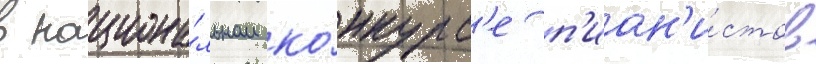
в национа́льном ко́нкурс'е п'иан'и́стов